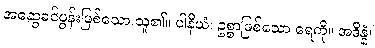
အဆွေခင်ပွန်းဖြစ်သော သူ၏။ ပါနိယံ၊ ဥစ္စာဖြစ်သော ရေကို။ အဒိန္နံ၊